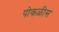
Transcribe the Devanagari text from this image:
पोकळीस